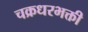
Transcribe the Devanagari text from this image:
चक्रधरभक्ती